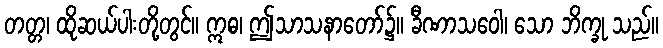
တတ္တ၊ ထိုဆယ်ပါးတို့တွင်။ ဣဓ၊ ဤသာသနာတော်၌။ ခီဏာသဝေါ၊ သော ဘိက္ခု သည်။